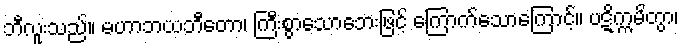
ဘီလူးသည်။ မဟာဘယဘီတော၊ ကြီးစွာသောဘေးဖြင့် ကြောက်သောကြောင့်။ ပဋိက္ကမိတွာ၊